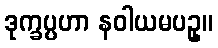
ဒုက္ခပ္ပဟာ နဝါယမပဥှ။